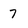
Character: 7